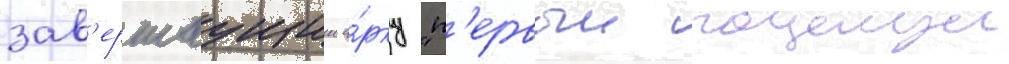
зав'ершаущии а́рку "п'ервыи поцелуи